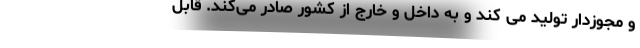
و مجوزدار تولید می کند و به داخل و خارج از کشور صادر می‌کند. قابل